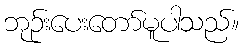
ဘုဉ်းပေးတော်မူပါသည်။